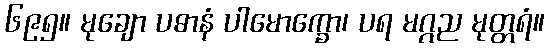
၆၉၅။ မုချော ပဓာနံ ပါမောက္ခော၊ ပရ မဂ္ဂည မုတ္တရံ။